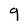
Character: g